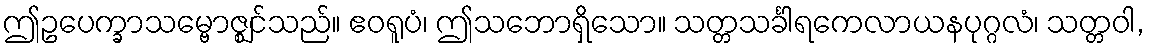
ဤဥပေက္ခာသမ္ဗောဇ္ဈင်သည်။ ဧဝရူပံ၊ ဤသဘောရှိသော။ သတ္တသင်္ခါရကေလာယနပုဂ္ဂလံ၊ သတ္တဝါ,